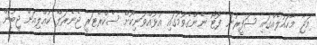
މަޖާ މާހައުލެއްގައި ސަފީރުން ފޮޓޯ ނެންގެވުމުގައި އުޅުއްވަނިކޮށް ސެކްރެޓަރީ ޖެނެރަލް ކުއްލިއަށް ޖީބުން